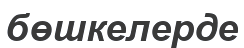
бөшкелерде